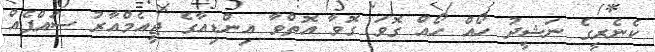
ކެނެރީގެ ނަޝީދު ހޯއް ހޯއް ގޮވަ ގޮވާ އޮތްވާ އިންޑިއާގެ ޖީއެމްއާރު ސައްޕެއް